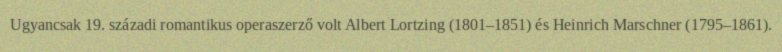
Ugyancsak 19. századi romantikus operaszerző volt Albert Lortzing (1801–1851) és Heinrich Marschner (1795–1861).